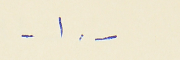
- ١٠ -